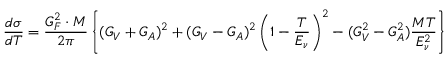
\frac { d \sigma } { d T } = \frac { G _ { F } ^ { 2 } \cdot M } { 2 \pi } \left\{ ( G _ { V } + G _ { A } ) ^ { 2 } + ( G _ { V } - G _ { A } ) ^ { 2 } \left( 1 - \frac { T } { E _ { \nu } } \right) ^ { 2 } - ( G _ { V } ^ { 2 } - G _ { A } ^ { 2 } ) \frac { M T } { E _ { \nu } ^ { 2 } } \right\}